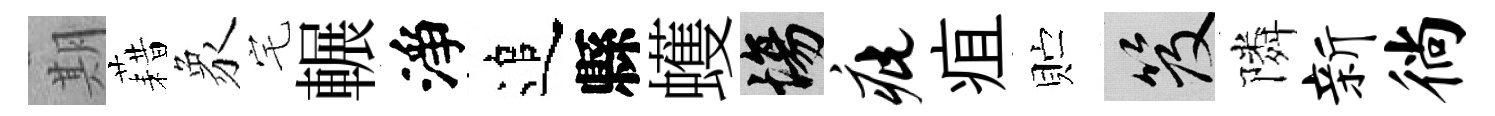
期藉象宅輾淨追縣蠖場疵疽贮笈隣新徜